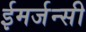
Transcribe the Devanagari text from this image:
ईमर्जन्सी